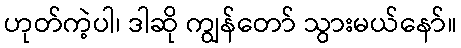
ဟုတ်ကဲ့ပါ၊ ဒါဆို ကျွန်တော် သွားမယ်နော်။